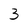
Character: 3